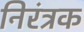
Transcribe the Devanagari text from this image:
निरंत्रक